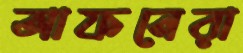
আফনেরা